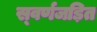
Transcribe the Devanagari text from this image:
स्‍वर्णजड़ित